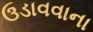
ઉડાવવાના